Lunatic asylums Punjab 1881-1894 - 1881-1894
Year: 1881
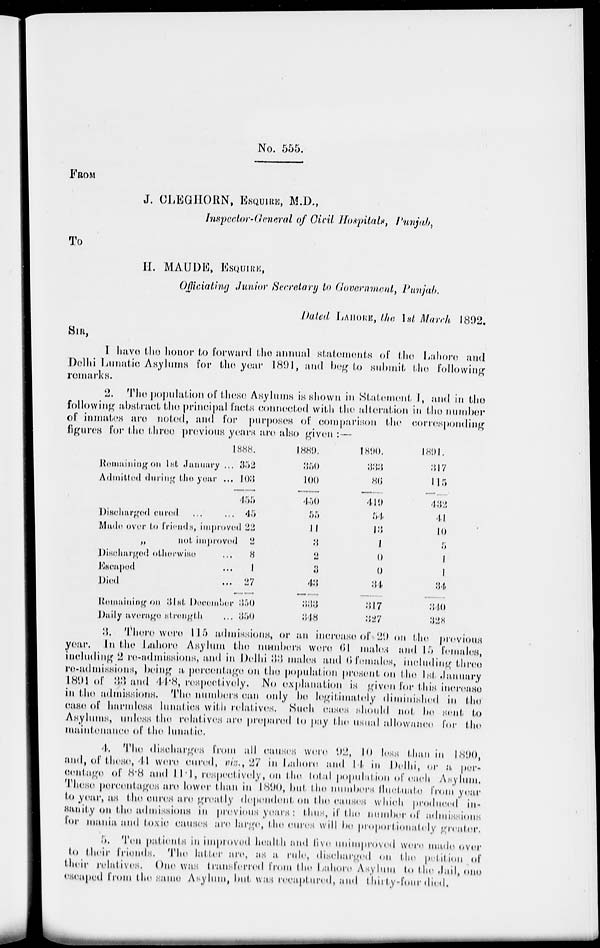
No. 555.
FROM
J. CLEGHORN, ESQUIRE, M.D.,
Inspector-General of Civil Hospitals, Punjab,
TO
II. MAUDE, ESQUIRE,
Officiating Junior Secretary to Government, Punjab.
Dated LAHORE, the 1st March 1892.
SIR,
I have the honor to Forward the annual statements of the Lahore and
Delhi Lunatic Asylums for the year 1891, and beg to submit Mm following
remarks.
2. The population of these Asylums is shown in Statement I, and in Mm
following abstract Mm principal facts connected with the alteration in the number
of inmates are noted, and for purposes of comparison the corresponding
figures for the three previous years are also given : —
Remaining on 1st January ...
Admitted during the year ...
Discharged cured ... ...
Made over to friends, improved
„
not improved
Discharged otherwise ...
Escaped ...
Died ...
Remaining on 31st December
Daily average strength ...
1888.
352
103
455
45
22
2
8
1
27
350
350
1889.
350
100
450
55
11
3
2
3
43
333
348
1890.
333
86
419
54
13
1
0
0
34
317
327
1891.
317
115
432
41
10
5
1
1
34
340
328
3. There were 115 admissions, or an increase of 29 on Mm previous
year.
In the Lahore Asylum the numbers worn 61 males and 15 Females,
including 2 re-admissions, and in Delhi 33 males and 0 females, including three
re-admissions, being it percentage on the population present on the 1st January
1801 of 33 and 418, respectively.
No explanation is given For this increase
in the admissions. The numbers can only he legitimately diminished in the
case of harmless lunatics with relatives, Such eases should not he sent to
Asylums, unless the relatives are prepared to pay the usual allowance For Mm
maintenance of the lunatic.
4. The discharges From all causes were 92, 10 less than in
1890,
and, of these, 41 were cured, viz., 27 in Lahore and 14 in Delhi, or a per-
centage of 8.8 and 11.1, respectively, on Mm total population of each Asylum,
Those percentages are lower than in 1890, hut the numbers fluctuate From year
to year, us the cures are greatly dependent, on the causes which produced in-
Nunity on the admissions in previous yours : thus, if Mm number of admissions
lor mania and toxic causes are large, Mm cures will be proportionately greater.
5. Ten patients in improved health and live unimproved were made over
to their friends. The latter are, as a rule, discharged on the petition of
their relatives. One was transferred from the Lahore Asylum to the Jail, one
escaped from the same Asylum, but was recaptured, and thirty-four died.